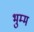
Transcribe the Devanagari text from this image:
भुम्म